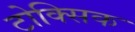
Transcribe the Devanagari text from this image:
टोक्सिक